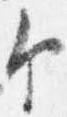
ケ